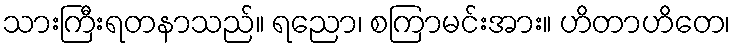
သားကြီးရတနာသည်။ ရညော၊ စကြာမင်းအား။ ဟိတာဟိတေ၊